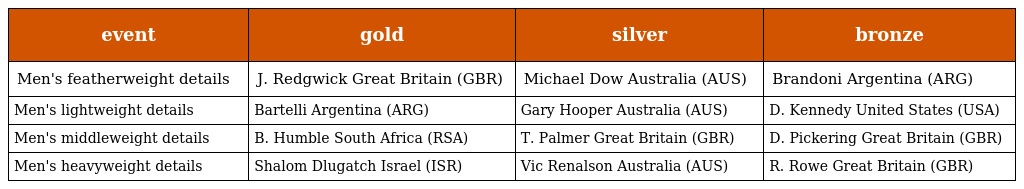
| event | gold | silver | bronze |
 | --- | --- | --- | --- |
 | Men's featherweight details | J. Redgwick Great Britain (GBR) | Michael Dow Australia (AUS) | Brandoni Argentina (ARG) |
 | Men's lightweight details | Bartelli Argentina (ARG) | Gary Hooper Australia (AUS) | D. Kennedy United States (USA) |
 | Men's middleweight details | B. Humble South Africa (RSA) | T. Palmer Great Britain (GBR) | D. Pickering Great Britain (GBR) |
 | Men's heavyweight details | Shalom Dlugatch Israel (ISR) | Vic Renalson Australia (AUS) | R. Rowe Great Britain (GBR) |